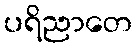
ပရိညာတေ